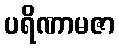
ပရိဏာမဇာ